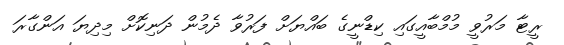
ރީޓާ މަރުވީ މުމްބާއީގައި ކިޑްނީގެ ބައްޔަށް ފަރުވާ ދެމުން ދަނިކޮށް މިދިޔަ އަންގާރަ